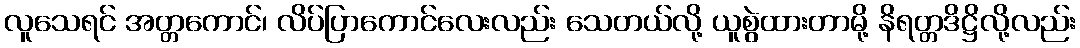
လူသေရင် အတ္တကောင်၊ လိပ်ပြာကောင်လေးလည်း သေတယ်လို့ ယူစွဲထားတာမို့ နိရတ္တဒိဋ္ဌိလို့လည်း